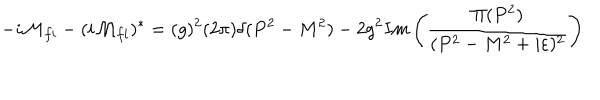
LaTeX: - i { \cal M } _ { f i } - ( i { \cal M } _ { f i } ) ^ { * } = ( g ) ^ { 2 } ( 2 \pi ) \delta ( P ^ { 2 } - M ^ { 2 } ) - 2 g ^ { 2 } I m \left( { { \frac { \Pi ( P ^ { 2 } ) } { ( P ^ { 2 } - M ^ { 2 } + i \varepsilon ) ^ { 2 } } } } \right)